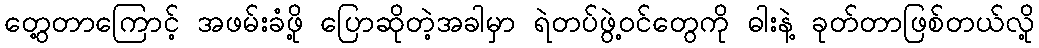
တွေ့တာကြောင့် အဖမ်းခံဖို့ ပြောဆိုတဲ့အခါမှာ ရဲတပ်ဖွဲ့ဝင်တွေကို ဓါးနဲ့ ခုတ်တာဖြစ်တယ်လို့